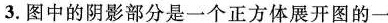
3.图中的阴影部分是一个正方体展开图的一